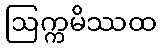
ဩက္ကမိဿထ